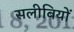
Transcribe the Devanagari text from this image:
सलीबियों